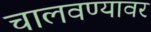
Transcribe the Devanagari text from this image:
चालवण्यावर